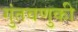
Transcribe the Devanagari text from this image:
गुंतवणुकी